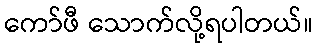
ကော်ဖီ သောက်လို့ရပါတယ်။